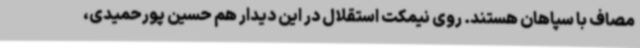
مصاف با سپاهان هستند. روی نیمکت استقلال در این دیدار هم حسین پورحمیدی،